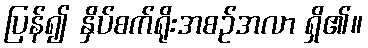
ပြန်၍ နှိပ်စက်ရိုးအစဉ်အလာ ရှိ၏။